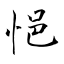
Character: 悒